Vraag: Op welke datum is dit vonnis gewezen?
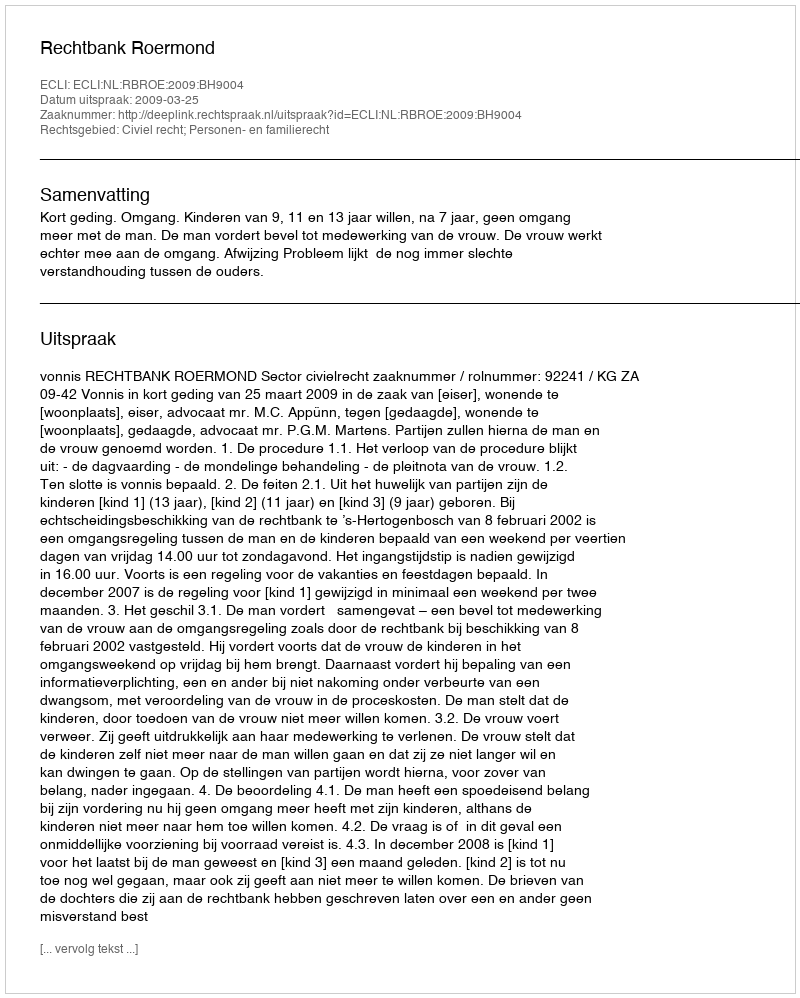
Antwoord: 2009-03-25